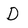
Character: D